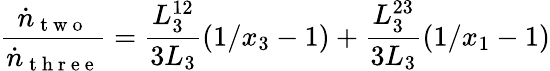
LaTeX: \frac{\dot{n}_{\mathrm{~t~w~o~}}}{\dot{n}_{\mathrm{~t~h~r~e~e~}}}=\frac{L_{3}^{12}}{3L_{3}}\left(1/x_{3}-1\right)+\frac{L_{3}^{23}}{3L_{3}}\left(1/x_{1}-1\right)